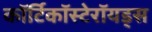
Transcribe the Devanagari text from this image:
कॉर्टिकॉस्टेरॉयड्स